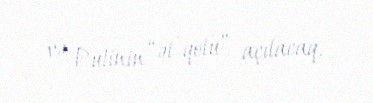
və Putinin “əl-qolu” açılacaq.